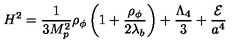
H ^ { 2 } = { \frac { 1 } { 3 M _ { p } ^ { 2 } } } \rho _ { \phi } \left( 1 + { \frac { \rho _ { \phi } } { 2 \lambda _ { b } } } \right) + { \frac { \Lambda _ { 4 } } { 3 } } + { \frac { \cal E } { a ^ { 4 } } }